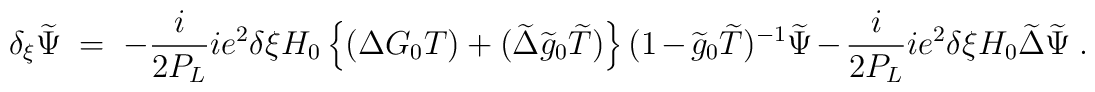
\delta_{\xi}\widetilde \Psi\ =\ -\frac{i}{2P_L} ie^2\delta\xi H_0\left \{ (\Delta G_0T)+(\widetilde \Delta \widetilde g_0\widetilde T)\right \} (1-\widetilde g_0\widetilde T)^{-1} \widetilde \Psi -\frac{i}{2P_L} ie^2\delta\xi H_0\widetilde \Delta \widetilde \Psi\ .